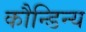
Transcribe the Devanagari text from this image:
कौन्डिन्य